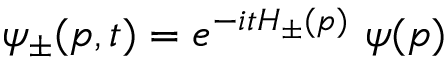
\psi _ { \pm } ( p , t ) = e ^ { - i t H _ { \pm } ( p ) } \ \psi ( p )